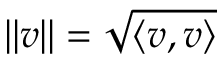
\| v \| = \sqrt { \langle v , v \rangle }